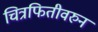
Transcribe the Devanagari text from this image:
चित्रफितीवरुन